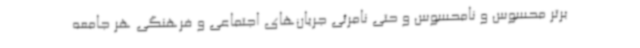
برتر محسوس و نامحسوس و حتی نامرئی جریان‌های اجتماعی و فرهنگی هر جامعه